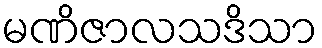
မဏိဇာလသဒိသာ